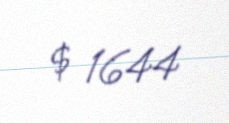
$ 1644